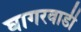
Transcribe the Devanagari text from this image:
घागरवाडी